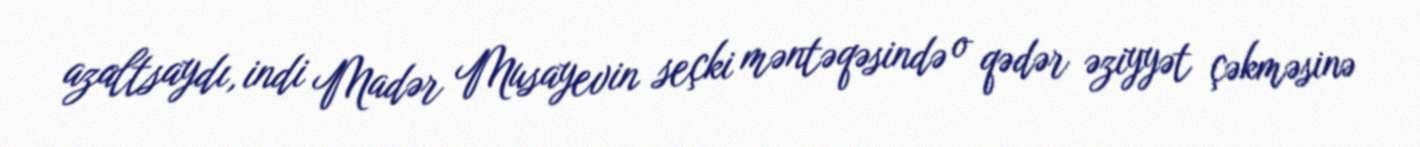
azaltsaydı, indi Madər Musayevin seçki məntəqəsində o qədər əziyyət çəkməsinə